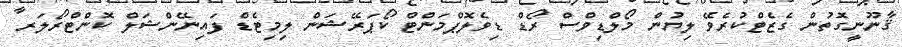
ޤާނޫނީގޮތުން ގެޒެޓްކުރެވޭ ލިޔުން މޯލްޑިވްސް ރޯޑް ޑިވެލޮޕްމަންޓް ކޯޕަރޭޝަން ލިމިޓެޑް ފައިނޭންޝަލް ކޮންޓްރޯލަރ